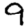
Digit: 9